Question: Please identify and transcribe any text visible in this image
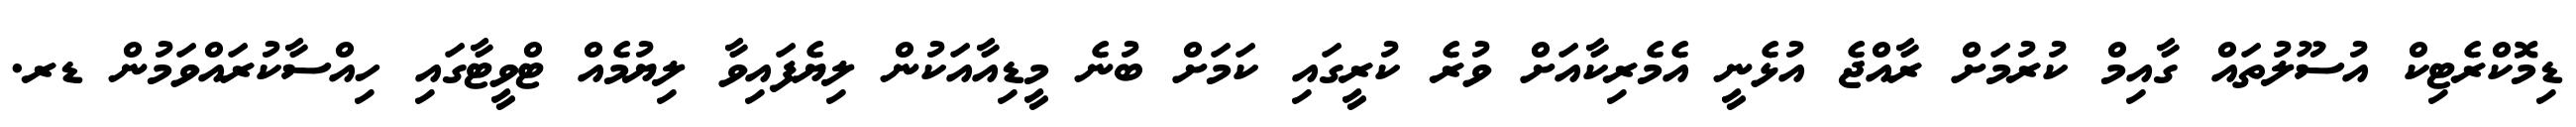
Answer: ޑިމޮކްރެޓިކް އުސޫލުތައް ގާއިމް ކުރުމަށް ރާއްޖެ އުޅެނީ އެމެރިކާއަށް ވުރެ ކުރީގައި ކަމަށް ބުނެ މީޑިއާއަކުން ލިޔެފައިވާ ލިޔުމެއް ޓްވީޓާގައި ހިއްސާކުރައްވަމުން ޑރ.